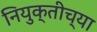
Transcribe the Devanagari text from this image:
नियुक्तीच्या